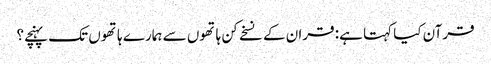
قرآن کیا کہتا ہے: قران کے نسخے کن ہاتھوں سے ہمارے ہاتھوں تک پہنچے؟